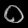
Digit: ၀